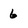
Character: 6